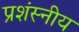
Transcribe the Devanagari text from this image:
प्रशंस्नीय